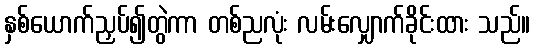
နှစ်ယောက်ညှပ်၍တွဲကာ တစ်ညလုံး လမ်းလျှောက်ခိုင်းထား သည်။